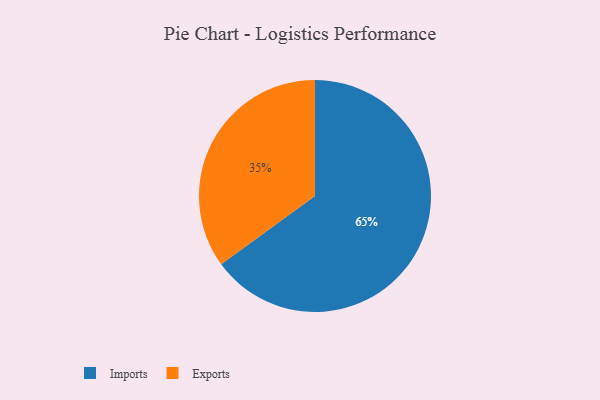
{"axis": {"x": "Category", "y": "Percentage"}, "legend": ["Exports", "Imports"], "data": [{"x": "Exports", "y": 35, "type": "Exports"}, {"x": "Imports", "y": 65, "type": "Imports"}]}